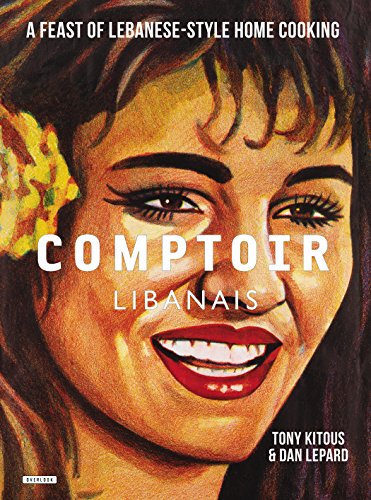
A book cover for Comptoir Libanais: A Feast of Lebanese-Style Home Cooking; Tony Kitous; Cookbooks, Food & Wine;